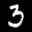
Label: 3